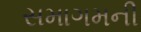
સમાગમની